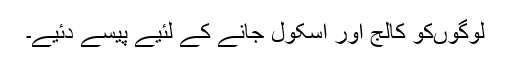
لوگوں‌کو کالج اور اسکول جانے کے لئیے پیسے دئیے۔